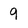
Character: 9